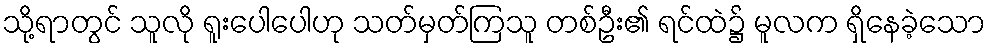
သို့ရာတွင် သူလို ရူးပေါပေါဟု သတ်မှတ်ကြသူ တစ်ဦး၏ ရင်ထဲ၌ မူလက ရှိနေခဲ့သော